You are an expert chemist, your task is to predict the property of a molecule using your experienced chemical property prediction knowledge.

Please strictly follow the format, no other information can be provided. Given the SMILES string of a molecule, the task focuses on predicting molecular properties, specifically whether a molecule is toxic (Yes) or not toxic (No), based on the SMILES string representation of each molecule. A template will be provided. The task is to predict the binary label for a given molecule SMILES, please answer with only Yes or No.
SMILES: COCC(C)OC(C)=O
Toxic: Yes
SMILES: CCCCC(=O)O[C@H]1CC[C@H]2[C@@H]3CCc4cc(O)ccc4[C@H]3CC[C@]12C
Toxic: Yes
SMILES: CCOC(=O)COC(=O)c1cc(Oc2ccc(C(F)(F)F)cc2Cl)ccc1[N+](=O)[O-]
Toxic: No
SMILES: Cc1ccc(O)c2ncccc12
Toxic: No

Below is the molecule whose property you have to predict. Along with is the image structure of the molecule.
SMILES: CCCCCCCCCCCCCOS(=O)(=O)[O-]
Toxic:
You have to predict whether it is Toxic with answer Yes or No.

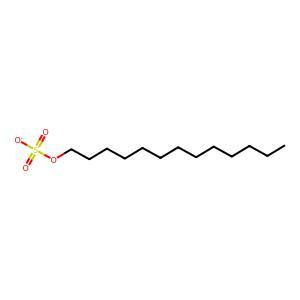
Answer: No